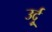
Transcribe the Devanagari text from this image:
उर्दुू